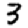
Digit: 3